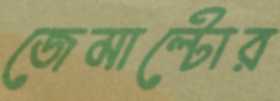
জেমাল্টোর